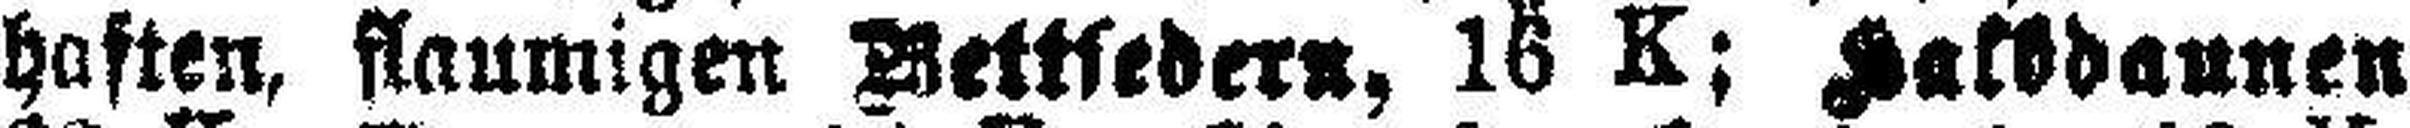
haften, flaumigen Bettfedern, 16 K; Halbdaunen